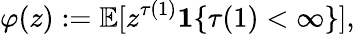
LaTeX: \varphi(z):=\mathbb{E}[z^{\tau(1)}\mathbf{1}\{ \tau(1)<\infty\} ],